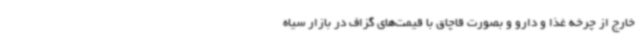
خارج از چرخه غذا و دارو و بصورت قاچاق با قیمت‌های گزاف در بازار سیاه